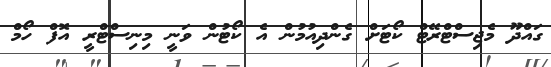
ގައްދޫ މެޖިސްޓްރޭޓް ކޯޓަށް ގެންދިއުމުން އެ ކޯޓުން ވަނީ މިނިސްޓްރީ އޮފް ހޯމް